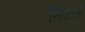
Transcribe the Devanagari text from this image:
सिद्धोतों